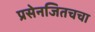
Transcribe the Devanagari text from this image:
प्रसेनजितचचा